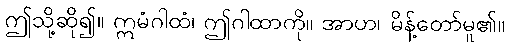
ဤသို့ဆို၍။ ဣမံဂါထံ၊ ဤဂါထာကို။ အာဟ၊ မိန့်တော်မူ၏။